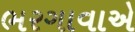
ભરગાવાએ